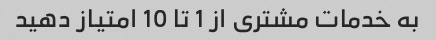
به خدمات مشتری از 1 تا 10 امتیاز دهید